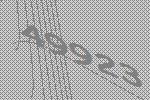
49923